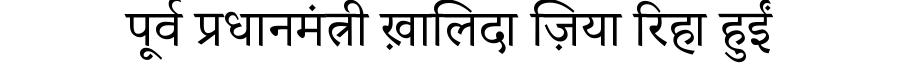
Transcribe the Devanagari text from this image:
पूर्व प्रधानमंत्री ख़ालिदा ज़िया रिहा हुईं